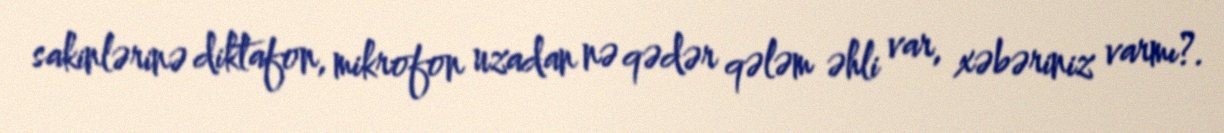
sakinlərinə diktafon, mikrofon uzadan nə qədər qələm əhli var, xəbəriniz varmı?.